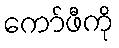
ကော်ဖီကို